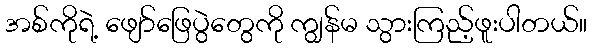
အစ်ကိုရဲ့ ဖျော်ဖြေပွဲတွေကို ကျွန်မ သွားကြည့်ဖူးပါတယ်။